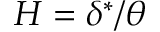
H = \delta ^ { * } / \theta